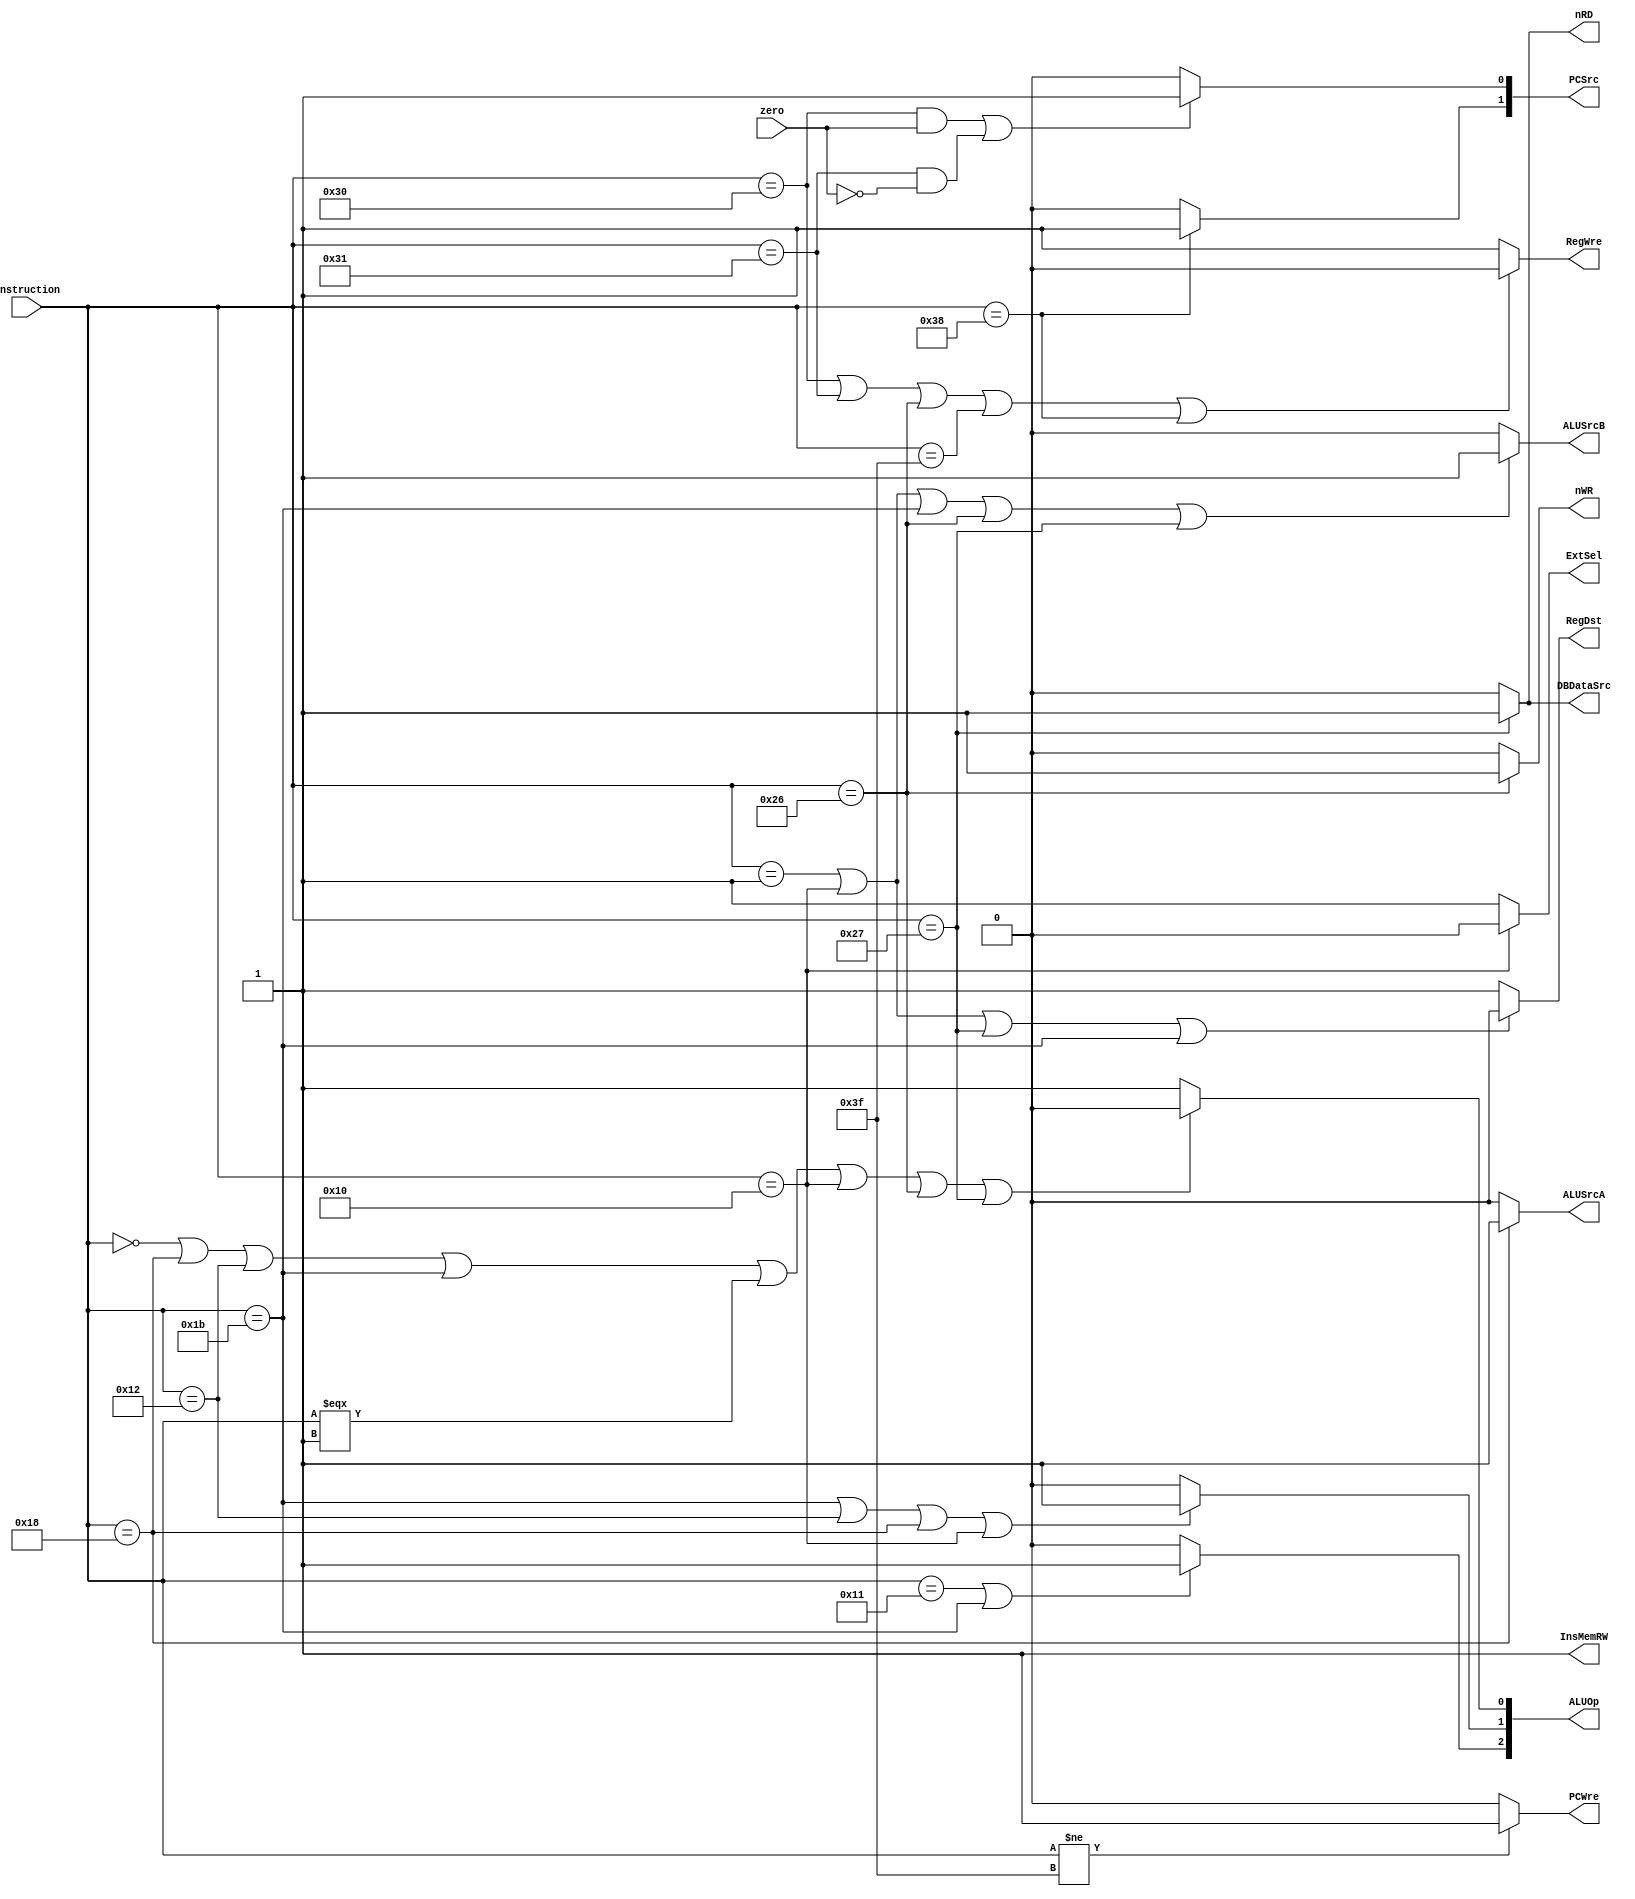
`timescale 1ns / 1ps
//////////////////////////////////////////////////////////////////////////////////
// Company: 
// Engineer: 
// 
// Design Name: 
// Module Name: CU
// Project Name: 
// Target Devices: 
// Tool Versions: 
// Description: 
// 
// Dependencies: 
// 
// Revision:
// Revision 0.01 - File Created
// Additional Comments:
// 
//////////////////////////////////////////////////////////////////////////////////


module CU(
  input zero,               // 
  input [5:0] instruction,  // 
  output ExtSel,            // 
  output PCWre,             // PC
  output InsMemRW,          // 
  output RegDst,            // 
  output RegWre,            // 
  output ALUSrcA,           // ALU 
  output ALUSrcB,           // ALU 
  output nRD,               // 
  output nWR,               // 
  output DBDataSrc,         // 
  output [2:0] ALUOp,       // 
  output [1:0] PCSrc        // 
  );

  // 
  `define opAdd 6'b000000
  `define opAddi 6'b000001
  `define opSub 6'b000010
  `define opOri 6'b010000
  `define opAnd 6'b010001
  `define opOr 6'b010010
  `define opSll 6'b011000
  `define opSlti 6'b011011
  `define opSw 6'b100110
  `define opLw 6'b100111
  `define opBeq 6'b110000
  `define opBne 6'b110001
  `define opJ 6'b111000
  `define opHalt 6'b111111

  // 
  assign PCWre = (instruction != `opHalt) ? 1 : 0;
  assign ALUSrcA = (instruction == `opSll) ? 1 : 0;
  assign ALUSrcB = (instruction == `opAddi || instruction == `opOri || instruction == `opSlti || instruction == `opSw || instruction == `opLw) ? 1 : 0;
  assign DBDataSrc = (instruction == `opLw) ? 1 : 0;
  assign RegWre = (instruction == `opBeq || instruction == `opBne || instruction == `opSw || instruction == `opHalt || instruction == `opJ) ? 0 : 1;
  assign InsMemRW = 1;
  assign nRD = (instruction == `opLw) ? 1 : 0;
  assign nWR = (instruction == `opSw) ? 1 : 0;
  assign RegDst = (instruction == `opAddi || instruction == `opOri || instruction == `opLw || instruction == `opSlti) ? 0 : 1;
  assign ExtSel = (instruction == `opOri) ? 0 : 1;
  assign PCSrc[1] = (instruction == `opJ) ? 1 : 0;
  assign PCSrc[0] = ((instruction == `opBeq && zero == 1) || (instruction == `opBne && zero == 0)) ? 1 : 0;
  assign ALUOp[2] = (instruction == `opAnd || instruction == `opSlti) ? 1 : 0;
  assign ALUOp[1] = (instruction == `opSlti || instruction == `opOr || instruction == `opSll || instruction == `opOri) ? 1 : 0;
  assign ALUOp[0] = (instruction == `opAdd || instruction == `opSll || instruction == `opOr || instruction == `opSlti || instruction === `opAddi || instruction == `opOri || instruction == `opSw || instruction == `opLw) ? 0 : 1;


endmodule